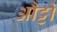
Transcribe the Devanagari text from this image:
औट्टो